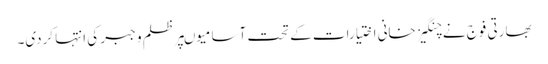
بھارتی فوج نے چنگیز خانی اختیارات کے تحت آسامیوںپر ظلم و جبر کی انتہا کردی۔